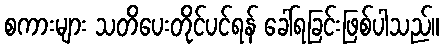
စကားများ သတိပေးတိုင်ပင်ရန် ခေါ်ရခြင်းဖြစ်ပါသည်။